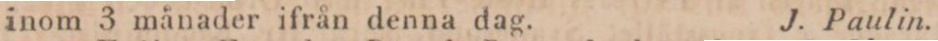
inom 3 månader ifrån denna dag.    J. Paulin.